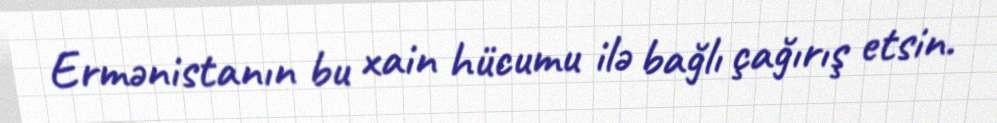
Ermənistanın bu xain hücumu ilə bağlı çağırış etsin.